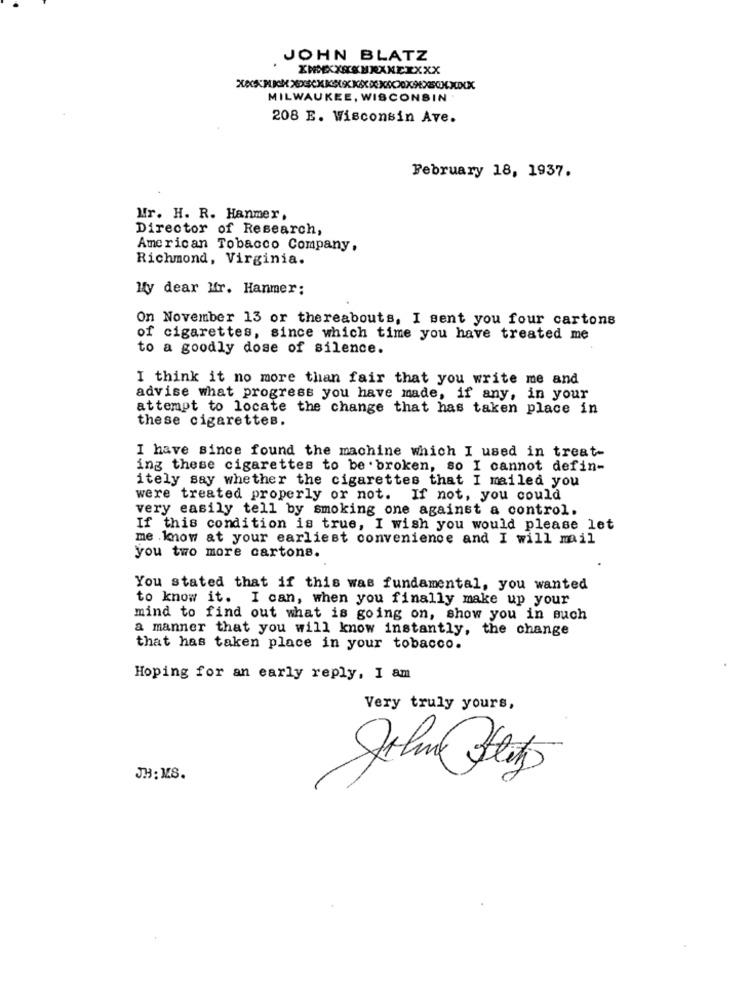
JOHN BLATZ
XXXXXXXXMNXNEXXXX
MILWAUKEE, WISCONSIN .
208 E. Wisconsin Ave.
February 18, 1937.
Mr. H. R. Hanmer,
Director of Research,
American Tobacco Company.
Richmond, Virginia.
My dear Mr. Hanmer:
On November 13 or thereabouts, I sent you four cartons
of cigarettes, since which time you have treated me
to a goodly dose of silence.
I think it no more than fair that you write me and
advise what progress you have made, if any, in your
attempt to locate the change that has taken place in
these cigarettes.
I have since found the machine which I used in treat-
ing these cigarettes to be . broken, so I cannot defin-
itely say whether the cigarettes that I mailed you
were treated properly or not. If not, you could
very easily tell by smoking one against a control.
If this condition is true, I wish you would please let
me know at your earliest convenience and I will mail
you two more cartons.
You stated that if this was fundamental, you wanted
to know it. I can, when you finally make up your
mind to find out what is going on, show you in such
a manner that you will know instantly, the change
that has taken place in your tobacco.
Hoping for an early reply, I am
Very truly yours,
JH: MS.